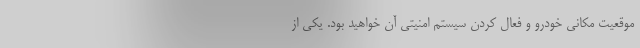
موقعیت مکانی خودرو و فعال کردن سیستم امنیتی آن خواهید بود. یکی از